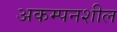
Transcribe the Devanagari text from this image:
अकम्पनशील